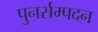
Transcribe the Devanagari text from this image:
पुनर्सम्पदन